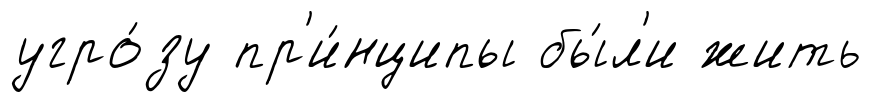
угро́зу пр'и́нципы бы́л'и жить